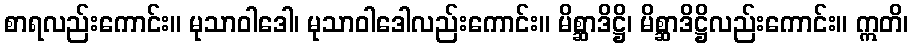
စာရလည်းကောင်း။ မုသာဝါဒေါ၊ မုသာဝါဒေါလည်းကောင်း။ မိစ္ဆာဒိဋ္ဌိ၊ မိစ္ဆာဒိဋ္ဌိလည်းကောင်း။ ဣတိ၊